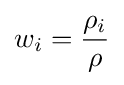
w_{i}={\frac {\rho _{i}}{\rho }}